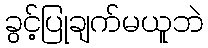
ခွင့်ပြုချက်မယူဘဲ